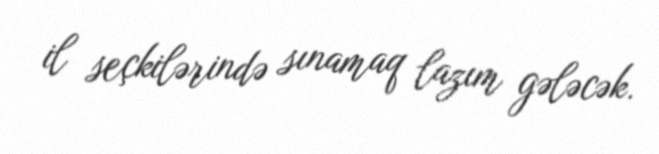
il seçkilərində sınamaq lazım gələcək.